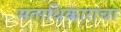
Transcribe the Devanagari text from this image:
मताधिकाराचा